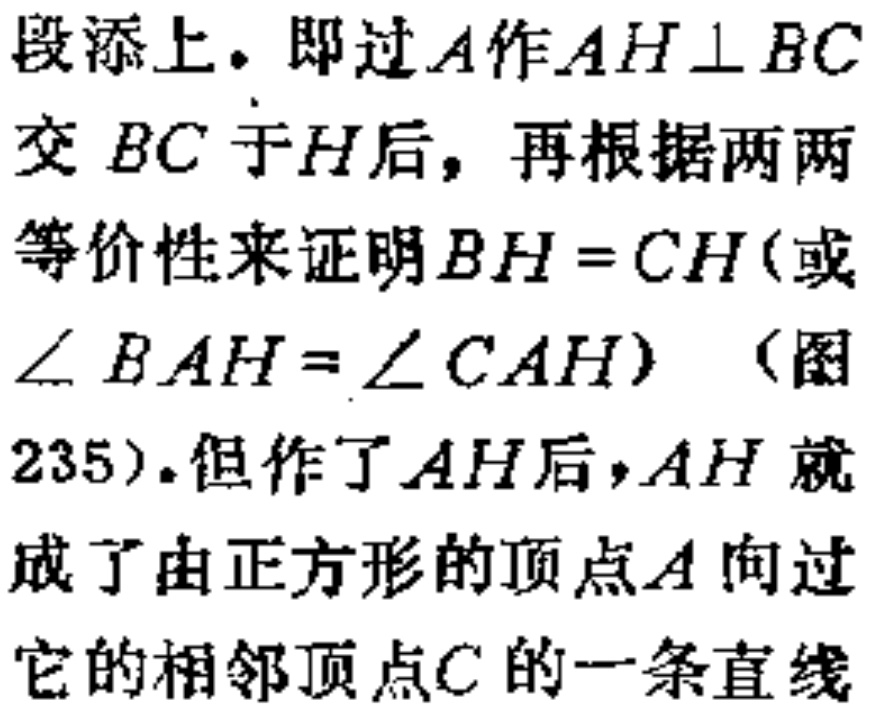
段添上。即过\(A\)作\(AH\perp BC\)交 \(BC\) 于\(H\)后，再根据两两等价性来证明\(BH = CH\)(或\(\angle BAH=\angle CAH\)）（图235）。但作了\(AH\)后，\(AH\) 就成了由正方形的顶点\(A\)向过它的相邻顶点\(C\)的一条直线